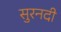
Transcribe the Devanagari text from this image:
सुरनदी